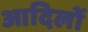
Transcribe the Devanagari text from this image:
आदिलों